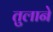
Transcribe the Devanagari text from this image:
तुलाने